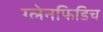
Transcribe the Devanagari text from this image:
ग्लेनफिडिच